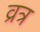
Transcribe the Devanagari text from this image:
व्रत्र